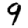
Digit: 9